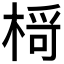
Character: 𪲾